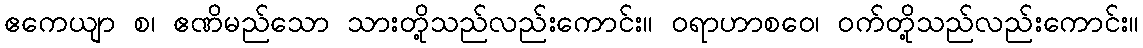
ဧကေယျာ စ၊ ဧဏိမည်သော သားတို့သည်လည်းကောင်း။ ဝရာဟာစဝေ၊ ဝက်တို့သည်လည်းကောင်း။